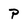
Character: P